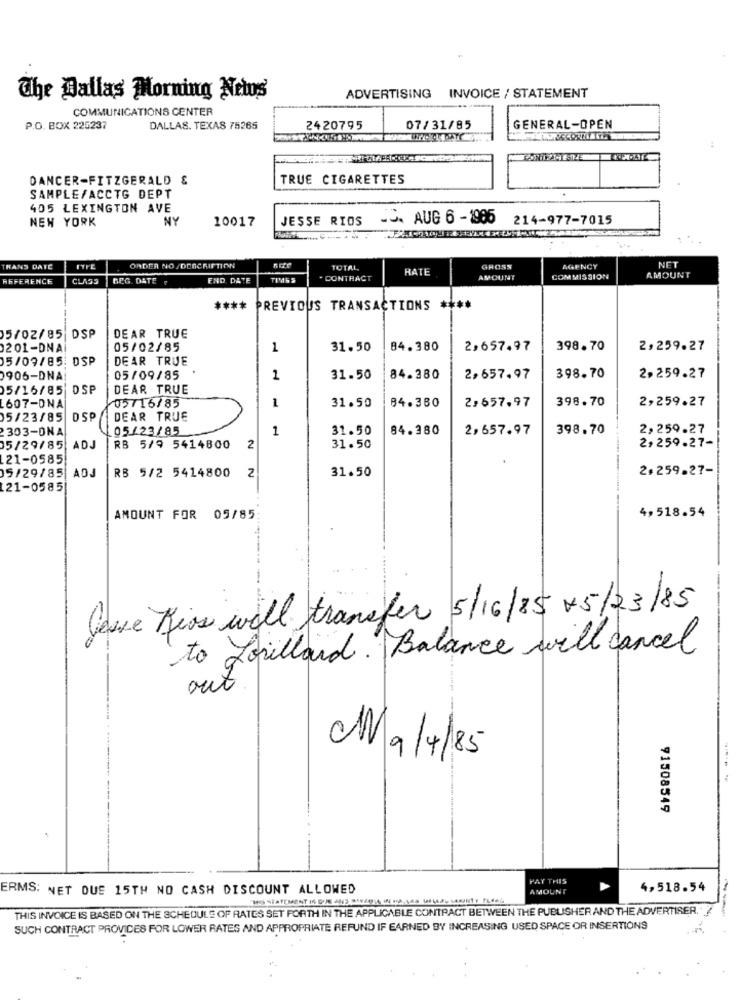
The Dallas Morning Netos
ADVERTISING INVOICE / STATEMENT
COMMUNICATIONS CENTER
P.O. BOX 225237
DALLAS, TEXAS 75265
2420795
07/31/85
GENERAL-OPEN
DANCER-FITZGERALD &
TRUE CIGARETTES
SAMPLEFACCTG DEPT
405 LEXINGTON AVE
NEW YORK
NY
10017
JESSE RIOS
JJ. AUG 6 -1986 214-977-7015
NET
TRANS DATE
ORDER NO/DESCRIPTION
RATE
GROSS
AGENCY
REFERENCE
CLASS
BEG. DATE
END. DATE
TIME S
. CONTRACT
AMOUNT
COMMISSION
AMOUNT
****
PREVIOUS TRANSACTIONS ****
5/02/85
DSF
DEAR TRUE
201-DNA
05/02/85
1
31.50
84.380
2,657.97
398.70
2,259.27
15/09/85: DSP
DEAR TRUE
0906-DNA
05/09/85
2
31.50
84.380
2,657.97
398.70
2.259.27
05/16/85 DSP
DEAR TRUE
05716/85
1
31.50
2,657.97
398.70
2,259.27
1607-DNA
84.380
05/23/85
DSP
DEAR TRUE
303-ONA
05/23/85
1
31.50
84.380
2,657.97
398.70
2,259.27
2,259.27-
05/29/85
ADJ
RB 5/9 5414800
2
31.50
121-0585
ADJ
RB 5/2 5414800
31.50
2.259.27-
05/29/85|
2
21-0585
4,518.54
AMOUNT FOR 05/85:
Jesse Rios will transfer 5/16/85 05/23/85
to Lorillard. Balance will cancel
out
Ma/4/85
91508549
PAY THIS
ERMS: NET DUE 15TH NO CASH DISCOUNT ALLOWED
AMOUNT
4,518.54
THIS INVOICE IS BASED ON THE SCHEDULE OF RATES SET FORTH IN THE APPLICABLE CONTRACT BETWEEN THE PUBLISHER AND THE ADVERTISER. "
--
SUCH CONTRACT PROVIDES FOR LOWER RATES AND APPROPRIATE REFUND IF EARNED BY INCREASING USED SPACE OR INSERTIONS